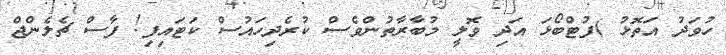
ހުވަދު އަތޮޅު )ފުޓްބޯޅަ އަދި ވޮލީ މުބާރާތުންވެސް ކުރެދިހައުސް ކަޓައިފި! ފާސް ޗެލެންޖް